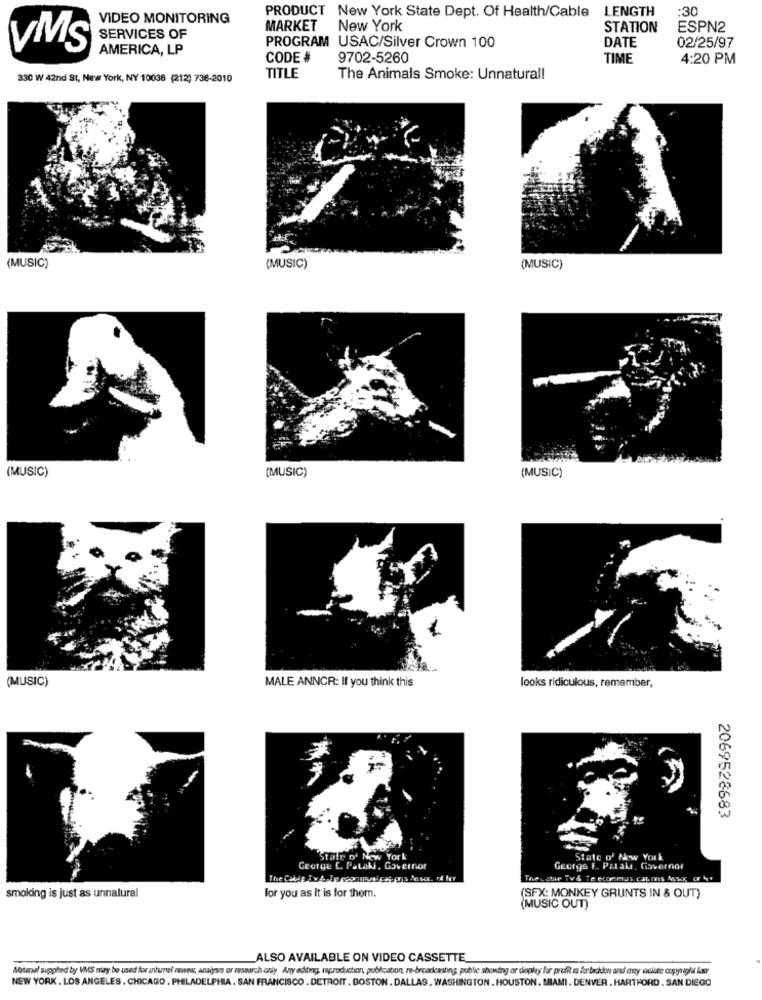
LENGTH
:30
VIDEO MONITORING
PRODUCT New York State Dept. Of Health/Cable
MARKET
New York
STATION
ESPN2
SERVICES OF
VMS
AMERICA, LP
PROGRAM USAC/Silver Crown 100
DATE
02/25/97
CODE #
9702-5260
TIME
4:20 PM
330 W 42nd St, New York, NY 10036 (212) 736-2010
TITLE
The Animals Smoke: Unnatural!
(MUSIC)
(MUSIC)
(MUSIC)
(MUSIC)
(MUSIC)
(MUSIC)
(MUSIC)
MALE ANNCR: If you think this
looks ridiculous, remember,
2069528683
"State of New York
State of New York
George C. Pataki, Governof
George E. Paral, Governor
The catie TV & Te ecommas. cat ms Msor of
smoking is just as unnatural
for you as It is for them.
(SFX: MONKEY GRUNTS IN & OUT)
MUSIC OUT)
ALSO AVAILABLE ON VIDEO CASSETTE
Matural supplied by VMS may be used for antunel runs, anayas or research only Any editing, reproduction, publicabon, re-broadcasting, public showing or deplay for profit is for backdon and my woldte copyright Lar
NEW YORK . LOS ANGELES . CHICAGO , PHILADELPHIA. SAN FRANCISCO . DETROIT . DOSTON . DALLAS. WASHINGTON . HOUSTON. MIAMI. DENVER . HARTFORD . SAN DIEGO